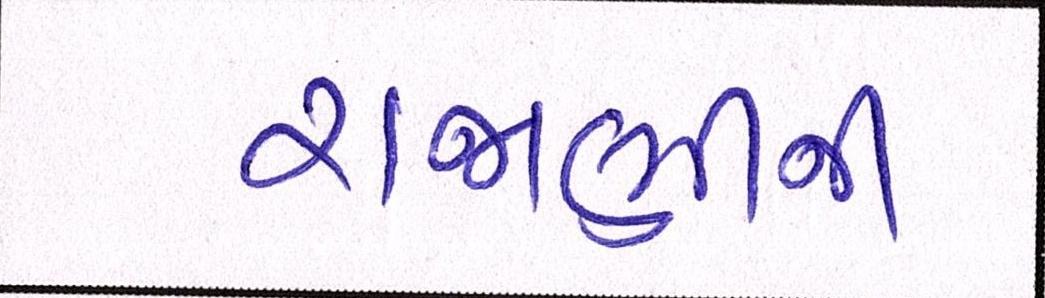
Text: રાજાણીની